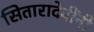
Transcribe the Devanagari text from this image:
सितारादेवींनी